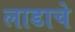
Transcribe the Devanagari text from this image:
लाडाचे